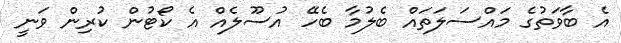
އެ ބާވަތުގެ މައްސަލަތައް ބެލުމާ ބެހޭ އުސޫލެއް އެ ކޯޓުން ކުރިން ވަނީ